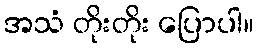
အသံ တိုးတိုး ပြောပါ။